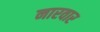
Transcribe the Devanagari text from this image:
नारवार